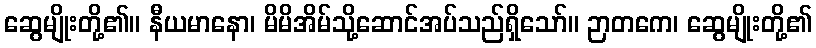
ဆွေမျိုးတို့၏။ နီယမာနော၊ မိမိအိမ်သို့ဆောင်အပ်သည်ရှိသော်။ ဉာတကေ၊ ဆွေမျိုးတို့၏